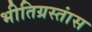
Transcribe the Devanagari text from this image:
भीतिग्रस्तांस